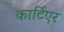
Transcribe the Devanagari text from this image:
कार्टिएर